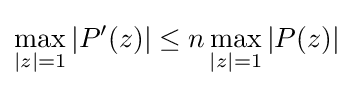
\max _{|z|=1}|P'(z)|\leq n\max _{|z|=1}|P(z)|